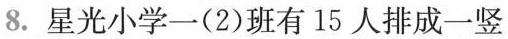
8. 星光小学一(2)班有15人排成一竖